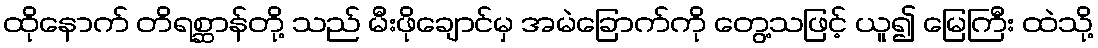
ထိုနောက် တိရစ္ဆာန်တို့ သည် မီးဖိုချောင်မှ အမဲခြောက်ကို တွေ့သဖြင့် ယူ၍ မြေကြီး ထဲသို့